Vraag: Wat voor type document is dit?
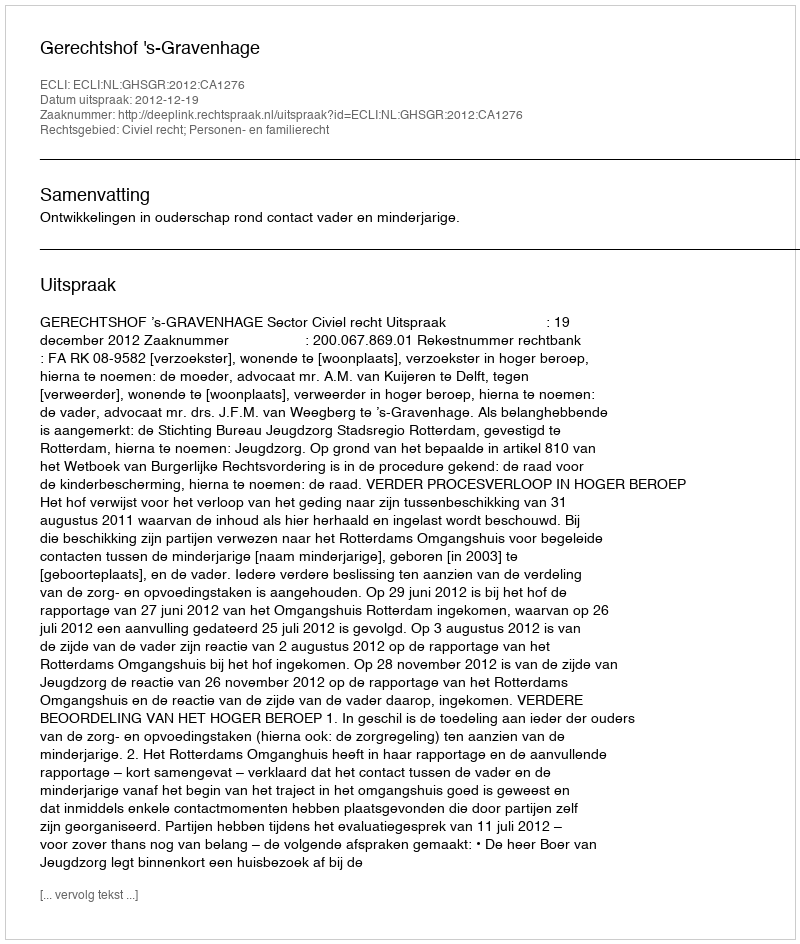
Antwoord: Uitspraak